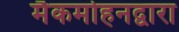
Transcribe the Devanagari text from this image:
मैकमोहनद्वारा